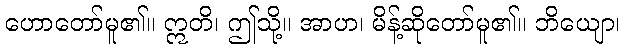
ဟောတော်မူ၏။ ဣတိ၊ ဤသို့။ အာဟ၊ မိန့်ဆိုတော်မူ၏။ ဘိယျော၊